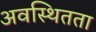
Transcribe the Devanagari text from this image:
अवस्थितता